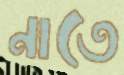
নাতে